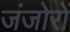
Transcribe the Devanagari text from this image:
जंजोरों